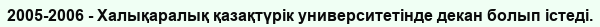
2005-2006 - Халықаралық қазақтүрік университетінде декан болып істеді.